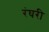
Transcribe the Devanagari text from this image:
रंघरी